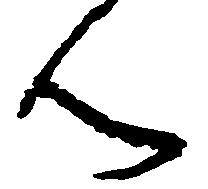
ん